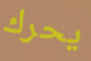
يحرك